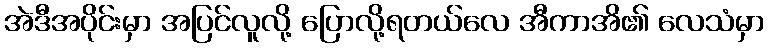
အဲဒီအပိုင်းမှာ အပြင်လူလို့ ပြောလို့ရတယ်လေ အီကာအိ၏ လေသံမှာ